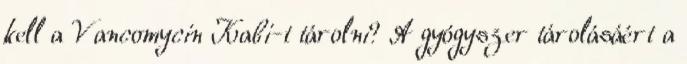
kell a Vancomycin Kabi-t tárolni? A gyógyszer tárolásáért a